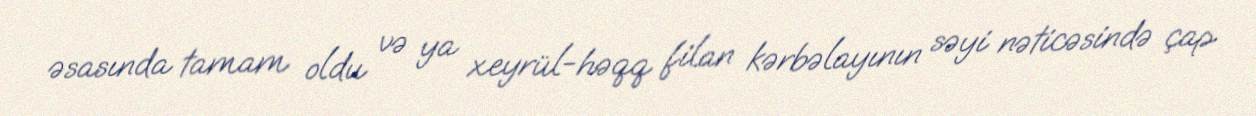
əsasında tamam oldu və ya xeyrül-həqq filan kərbəlayının səyi nəticəsində çap